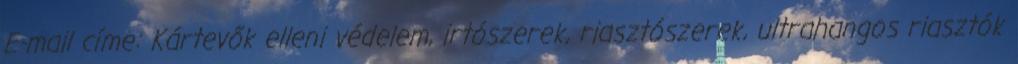
E-mail címe: Kártevők elleni védelem, irtószerek, riasztószerek, ultrahangos riasztók